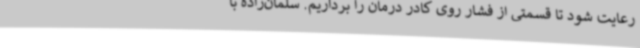
رعایت شود تا قسمتی از فشار روی کادر درمان را برداریم. سلمان‌زاده با